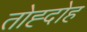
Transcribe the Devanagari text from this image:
तोह्दोह